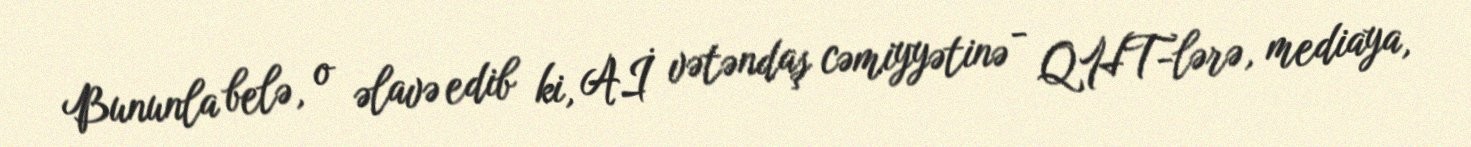
Bununla belə, o əlavə edib ki, Aİ vətəndaş cəmiyyətinə - QHT-lərə, mediaya,